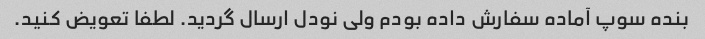
بنده سوپ آماده سفارش داده بودم ولی نودل ارسال گردید. لطفا تعویض کنید.